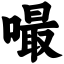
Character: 嘬